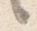
言